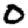
Digit: 0